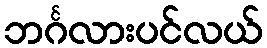
ဘင်္ဂလားပင်လယ်